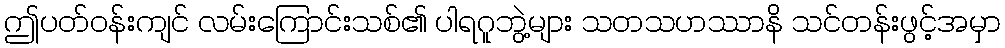
ဤပတ်ဝန်းကျင် လမ်းကြောင်းသစ်၏ ပါရဂူဘွဲ့များ သတသဟဿာနိ သင်တန်းဖွင့်အမှာ